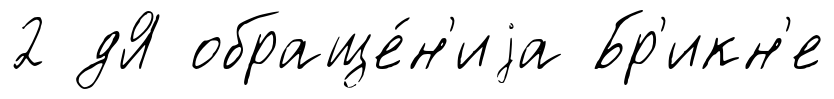
2 дЯ обраще́н'иjа Бр'икн'е